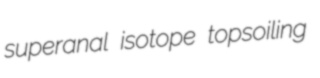
superanal isotope topsoiling